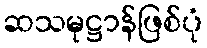
ဆသမုဋ္ဌာန်ဖြစ်ပုံ